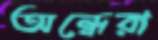
অন্ধেরা